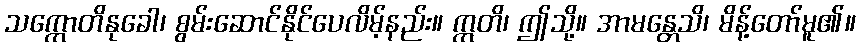
သက္ကောတိနုခေါ၊ စွမ်းဆောင်နိုင်ပေလိမ့်နည်း။ ဣတိ၊ ဤသို့။ အာမန္တေသိ၊ မိန့်တော်မူ၏။